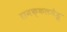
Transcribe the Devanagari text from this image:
रामक्कलमेडू